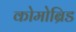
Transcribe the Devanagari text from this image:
कोमोब्रिड